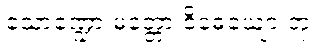
သောဏ္ဍော မတ္တော ဝိဓေယျော တု၊